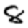
Digit: 8